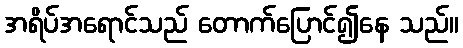
အရိပ်အရောင်သည် တောက်ပြောင်၍နေ သည်။